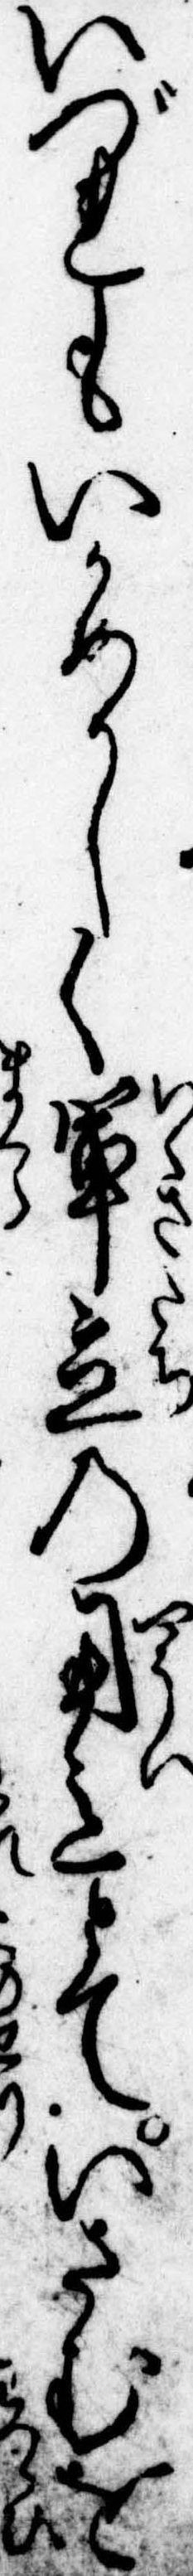
いづれもいかめしく軍立の用意とていさむを